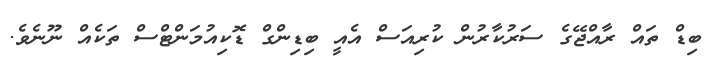
ބިޑް ތައް ރާއްޖޭގެ ސަރުކާރުން ކުރިއަސް އެއީ ބިޑިންގް ޑޮކިއުމަންޓްްސް ތަކެއް ނޫނެވެ.